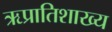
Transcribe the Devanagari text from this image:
ऋप्रातिशाख्य